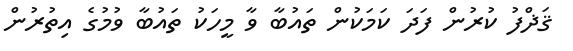
ޤަޛްފު ކުރުން ފަދަ ކަމަކުން ތައުބާ ވާ މީހަކު ތައުބާ ވުމުގެ އިތުރުން